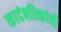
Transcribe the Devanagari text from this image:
कादंबरिकांची